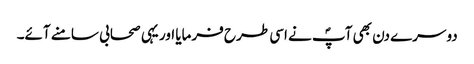
دوسرے دن بھی آپؐ نے اسی طرح فرمایا اور یہی صحابی سامنے آئے۔